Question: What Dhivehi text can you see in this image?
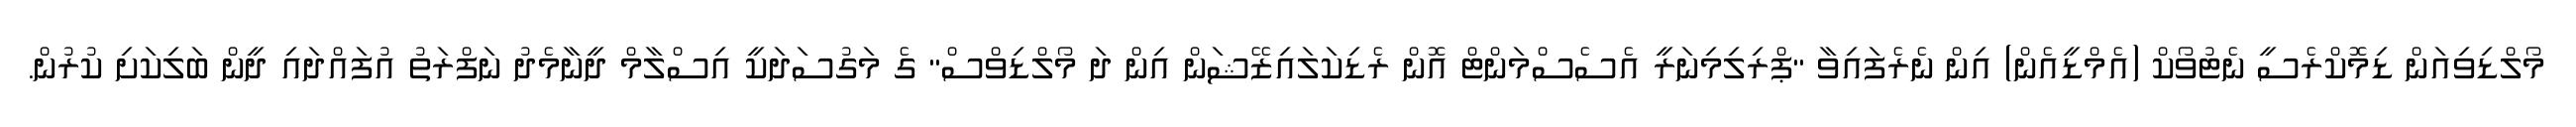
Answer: މޯލްޑިވިއަން ޑިމޮކްރެސީ ނެޓުވޯކް (އެމްޑީއެން) އިން ނެރެފައިވާ "ޕްރިލިމިނަރީ އެސެސްމަންޓް އޮން ރެޑިކަލައިޒޭޝަން އިން ދަ މޯލްޑިވްސް" ގެ މަގުސަދަކީ އިސްލާމް ދީނާމެދު ނަފްރަތު އުފައްދައި ދީން ބަލިކަށި ކުރުން.